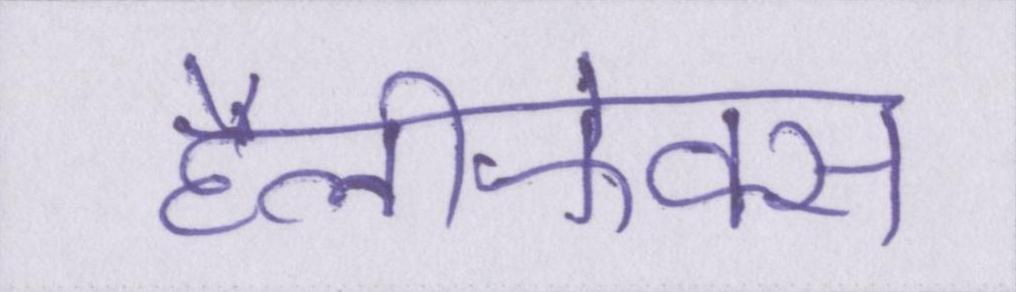
हैलीफेक्स